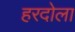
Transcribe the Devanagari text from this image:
हरदोला